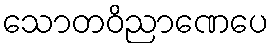
သောတဝိညာဏေပေ